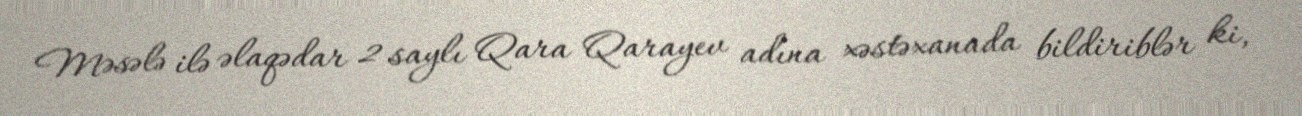
Məsələ ilə əlaqədar 2 saylı Qara Qarayev adına xəstəxanada bildiriblər ki,